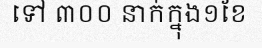
ទៅ ៣០០ នាក់ក្នុង១ខែ